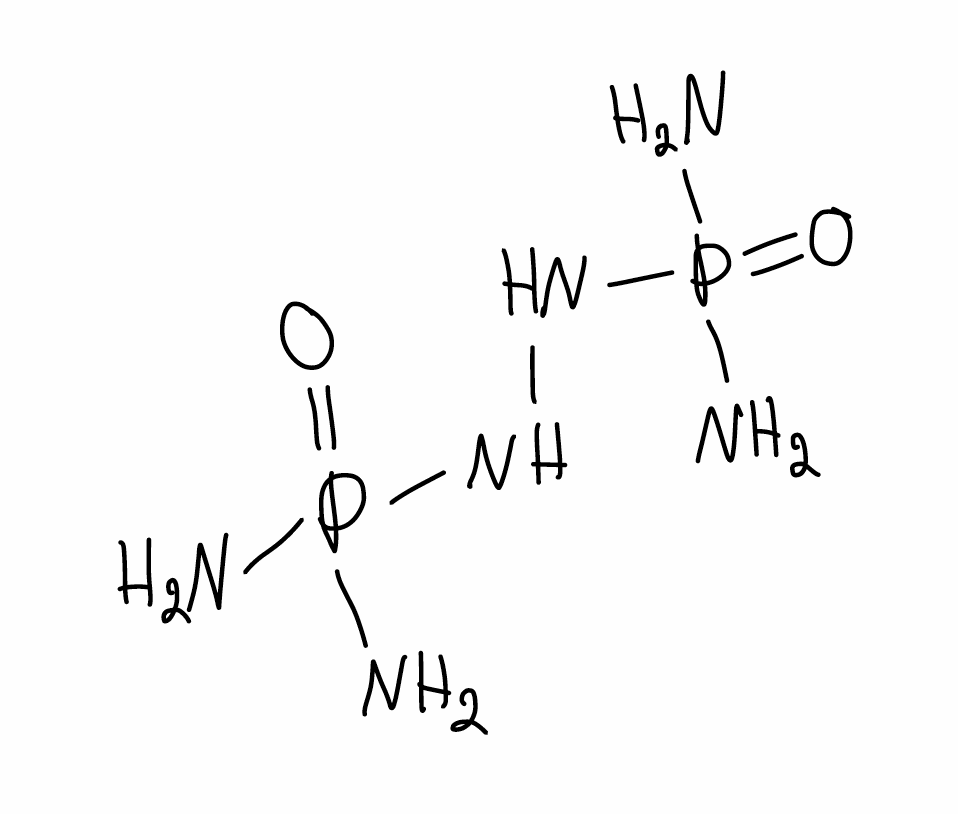
Simplified molecular-input line-entry system (SMILES) notation of the given molecule:
NP(=O)(N)NNP(=O)(N)N